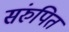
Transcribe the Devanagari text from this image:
संरुपित